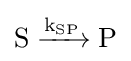
{\mathrm {S} {}\mathrel {\xrightarrow {\mathrm {k} {\vphantom {A}}_{\smash[{t}]{\mathrm {SP} }}} } {}\mathrm {P} }